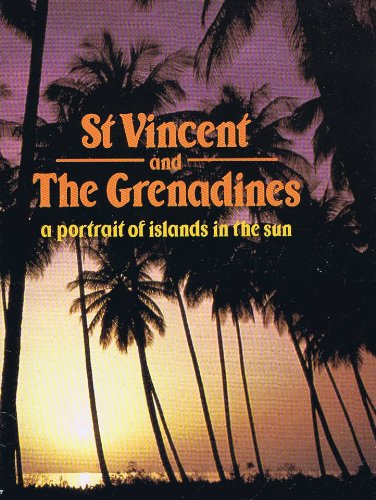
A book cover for St. Vincent and the Grenadines; K.Lagerkvist Doyle; Travel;